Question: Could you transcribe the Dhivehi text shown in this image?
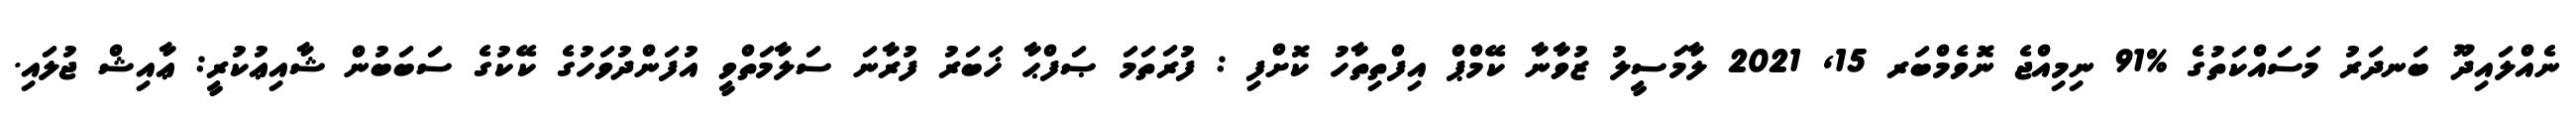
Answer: ނެއްލައިދޫ ބަނދަރު މަސައްކަތުގެ %91 ނިމިއްޖެ ނޮވެމްބަރ 15, 2021 ލާމަސީލު ޒުވާނާ ކޭމްޕް އިފްތިތާހު ކޮށްފި : ފުރަތަމަ ޞަފްޙާ ޚަބަރު ފުރާނަ ސަލާމަތްވީ އުފަންދުވަހުގެ ކޭކުގެ ސަބަބުން ޝާއިޢުކުރީ: ޢާއިޝް ޖުލައި.